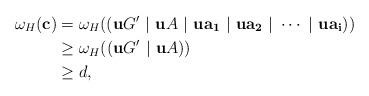
LaTeX: \begin{align*} \omega_H(\mathbf{c}) & = \omega_H((\mathbf{u}G'\ |\ \mathbf{u}A\ |\ \mathbf{u}\mathbf{a_1}\ |\ \mathbf{u}\mathbf{a_2}\ |\ \cdots\ |\ \mathbf{u}\mathbf{a_{i}})) \\ & \geq \omega_H((\mathbf{u}G'\ |\ \mathbf{u}A)) \\ & \geq d, \end{align*}